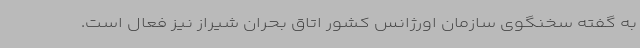
به گفته سخنگوی سازمان اورژانس کشور اتاق بحران شیراز نیز فعال است.